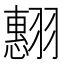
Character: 𮋍